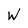
Character: W